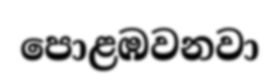
පොළඹවනවා